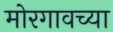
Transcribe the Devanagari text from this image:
मोरगावच्या